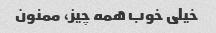
خیلی خوب همه چیز، ممنون